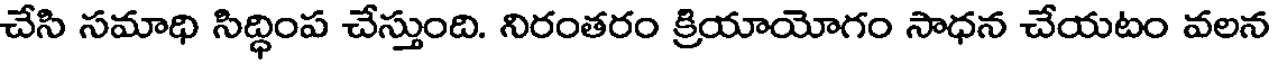
చేసి సమాధి సిద్ధింప చేస్తుంది. నిరంతరం క్రియాయోగం సాధన చేయటం వలన